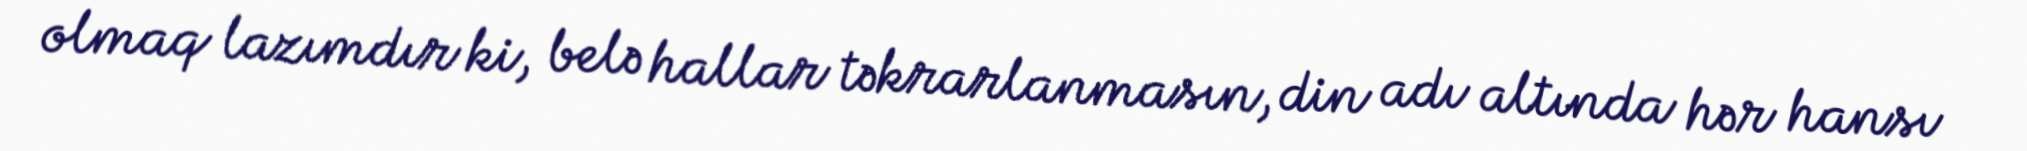
olmaq lazımdır ki, belə hallar təkrarlanmasın, din adı altında hər hansı